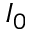
I _ { 0 }